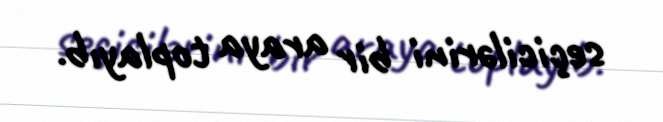
seçicilərini bir araya toplayıb.